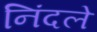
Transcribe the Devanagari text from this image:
निंदले